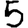
Digit: 5